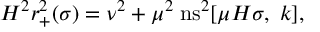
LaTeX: H ^ { 2 } r _ { + } ^ { 2 } ( \sigma ) = \nu ^ { 2 } + \mu ^ { 2 } \; \mathrm { n s } ^ { 2 } [ \mu H \sigma , \; k ] ,